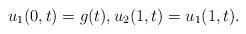
LaTeX: \begin{align*}u_1(0,t)=g(t),u_2(1,t)=u_1(1,t).\end{align*}